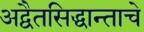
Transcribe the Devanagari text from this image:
अद्वैतसिद्धान्ताचे